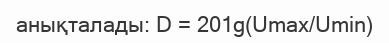
анықталады: D = 201g(Umax/Umin)